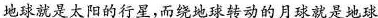
地球就是太阳的行星，而绕地球转动的月球就是地球